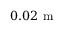
0 . 0 2 \textrm { m }